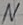
Text: N